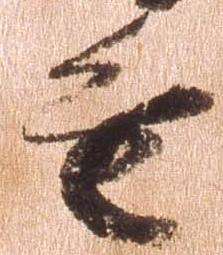
進